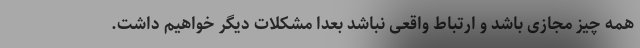
همه چیز مجازی باشد و ارتباط واقعی نباشد بعداً مشکلات دیگر خواهیم داشت.